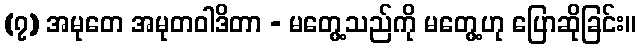
(၇) အမုတေ အမုတဝါဒိတာ - မတွေ့သည်ကို မတွေ့ဟု ပြောဆိုခြင်း။